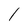
Character: l